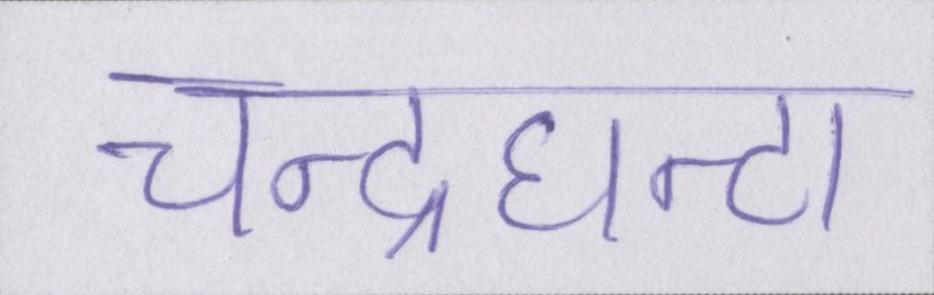
चन्द्रघन्टा